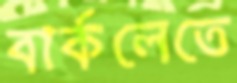
বার্কলেতে